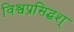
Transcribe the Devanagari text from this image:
विश्वप्रसिद्धश्